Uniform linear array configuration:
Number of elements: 32
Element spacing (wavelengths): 0.25
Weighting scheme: exponential
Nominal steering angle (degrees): -15
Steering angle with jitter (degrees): -16.428
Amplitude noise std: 0.05
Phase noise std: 0.05

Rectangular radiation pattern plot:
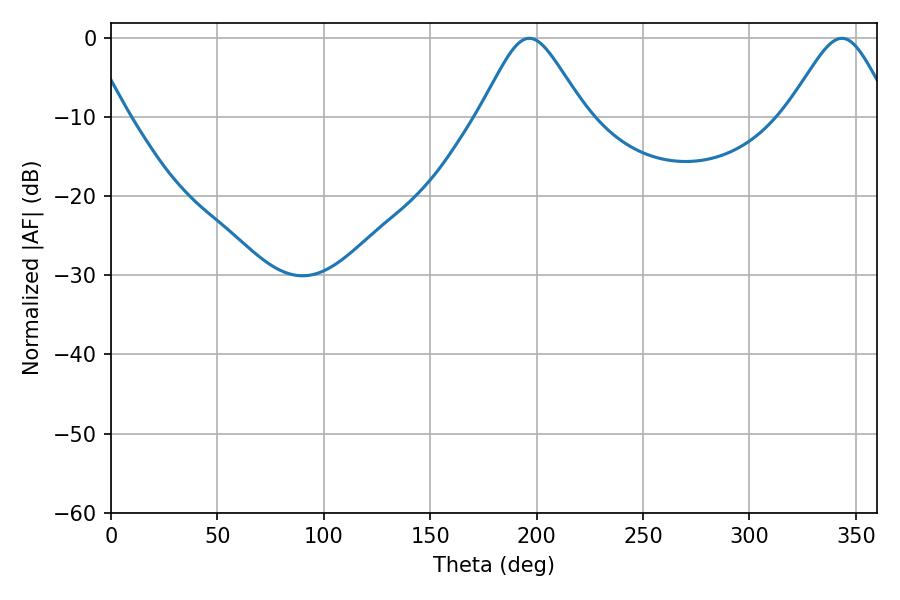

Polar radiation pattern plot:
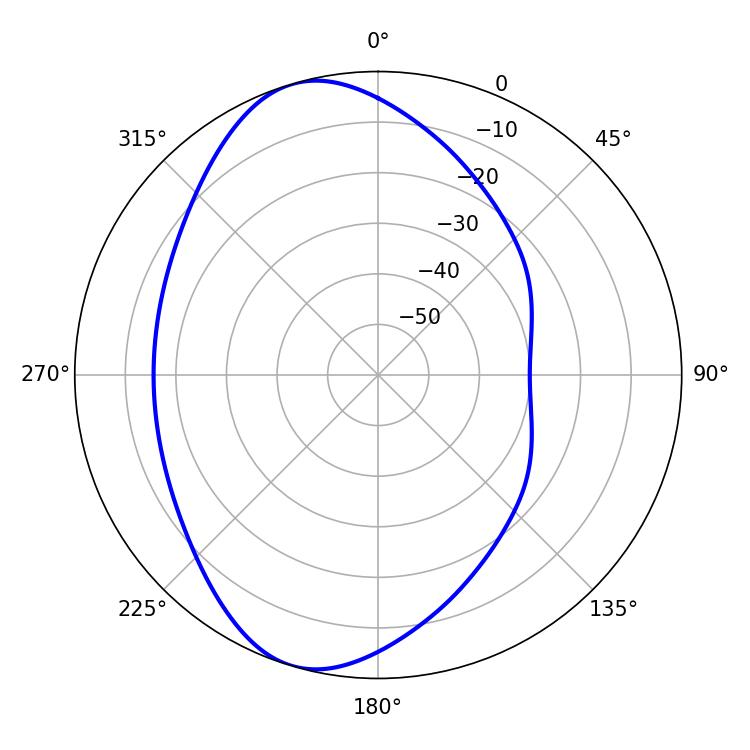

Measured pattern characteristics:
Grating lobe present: FALSE
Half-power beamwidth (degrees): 24.12
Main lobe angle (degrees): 196.56